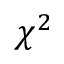
\chi ^ { 2 }